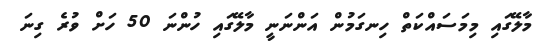
މާލޭގައި މިމަސައްކަތް ހިނގަމުން އަންނަނީ މާލޭގައި ހުންނަ 50 ހަށް ވުރެ ގިނަ